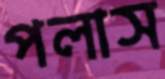
পলাস